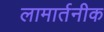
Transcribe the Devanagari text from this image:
लामार्तनीक